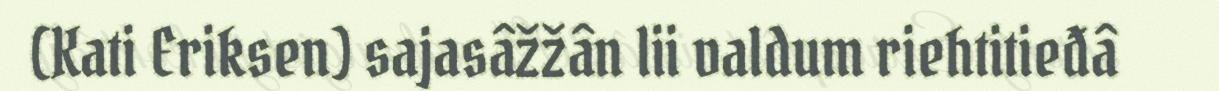
(Kati Eriksen) sajasâžžân lii valdum riehtitieđâ